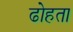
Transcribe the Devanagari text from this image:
ढोहता